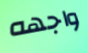
واجهه